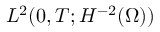
L ^ { 2 } ( 0 , T ; H ^ { - 2 } ( \Omega ) )